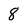
Character: 8